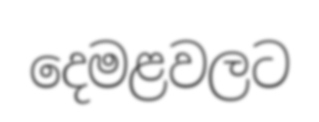
දෙමළවලට